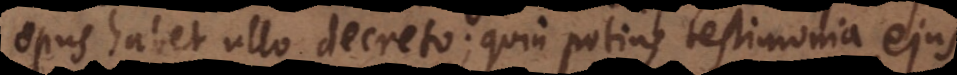
opus habet ullo decreto; quin potius testimonia ejus